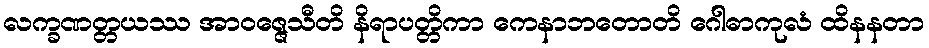
လက္ခဏတ္တယဿ အာဝဇ္ဇေသီတိ နိရာပတ္တိကာ ကေနာဘတောတိ ဂေါဓာကုလံ ထိနနတာ